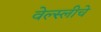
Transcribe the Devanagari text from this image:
वेल्स्लीचे